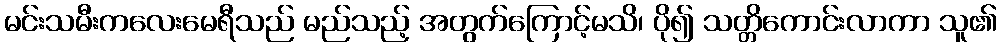
မင်းသမီးကလေးမေရီသည် မည်သည့် အတွက်ကြောင့်မသိ၊ ပို၍ သတ္တိကောင်းလာကာ သူ၏